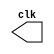

//
//--  Henrique Carvalho Parreira
//--    PUC-MG



//---------Clock--------------

module clock ( clk );
 output clk;
 reg    clk;

 initial
  begin
   clk = 1'b0;
  end

 always
  begin
   #6 clk = ~clk;
  end
endmodule


//---------Pulso--------------

module pulse ( signal, clock );
 input  clock;
 output signal;
 reg    signal;

 always @ ( clock )
  begin
        signal = 1'b0;
  #12   signal = 1'b1;
  #12   signal = 1'b0;
    
  
  end
endmodule // pulse


//---------Teste--------------

module testpulse;

 wire  clock;
 clock clk ( clock );
 wire  p1;

 pulse   pulse1   ( p1, clock );

 initial begin
  $dumpfile ( "exercicio01.vcd" );
  $dumpvars (1, clock, p1);
   #480 $finish;

 end

endmodule //exercicio01